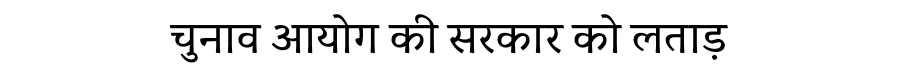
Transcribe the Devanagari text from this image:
चुनाव आयोग की सरकार को लताड़